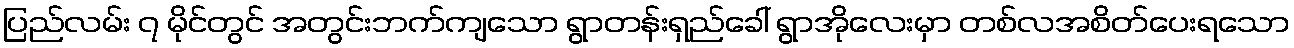
ပြည်လမ်း ၇ မိုင်တွင် အတွင်းဘက်ကျသော ရွာတန်းရှည်ခေါ် ရွာအိုလေးမှာ တစ်လအစိတ်ပေးရသော